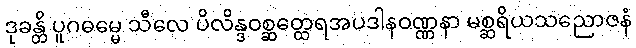
ဒုခန္တိ ပူဂဓမ္မေ သီလေ ပိလိန္ဒဝစ္ဆတ္ထေရအပဒါနဝဏ္ဏနာ မစ္ဆရိယသညောဇနံ